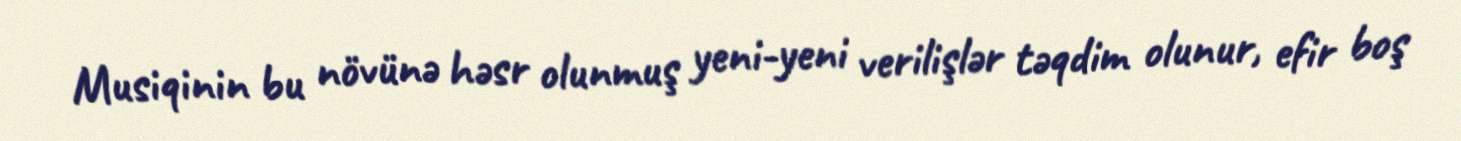
Musiqinin bu növünə həsr olunmuş yeni-yeni verilişlər təqdim olunur, efir boş